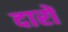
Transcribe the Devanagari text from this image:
दारों